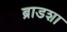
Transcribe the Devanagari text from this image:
ब्राडशा